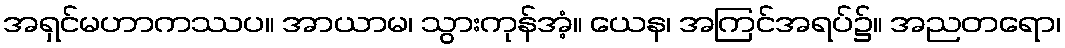
အရှင်မဟာကဿပ။ အာယာမ၊ သွားကုန်အံ့။ ယေန၊ အကြင်အရပ်၌။ အညတရော၊